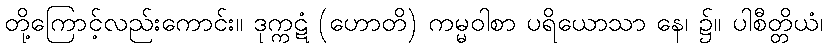
တို့ကြောင့်လည်းကောင်း။ ဒုက္ကဋံ (ဟောတိ) ကမ္မဝါစာ ပရိယောသာ နေ၊ ၌။ ပါစီတ္တိယံ၊